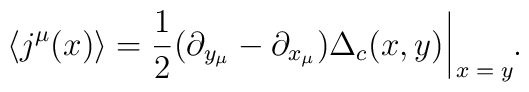
\langle j^\mu (x) \rangle = \frac{1}{2} (\partial_{y_\mu} - \partial_{x_\mu}) \Delta_c (x, y) \, \rule[-3mm]{.14mm}{8.5mm} \raisebox{-2.85mm}{\scriptsize{$\; x = y$}} .